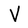
Character: V